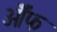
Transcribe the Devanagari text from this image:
ऑॅफ